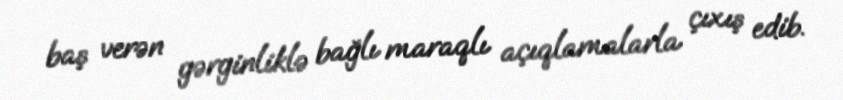
baş verən gərginliklə bağlı maraqlı açıqlamalarla çıxış edib.